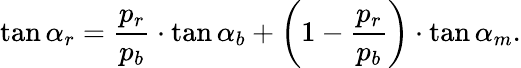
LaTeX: \tan\alpha_{r}={\frac{p_{r}}{p_{b}}}\cdot\tan\alpha_{b}+\left(1-{\frac{p_{r}}{p_{b}}}\right)\cdot\tan\alpha_{m}.